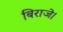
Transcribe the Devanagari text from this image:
बिराजे।